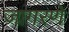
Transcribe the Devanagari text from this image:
जागरणे